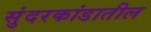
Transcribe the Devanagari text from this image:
सुंदरकांडातील